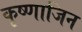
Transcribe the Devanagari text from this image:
कृष्णाजिन